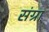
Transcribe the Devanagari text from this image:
संग्रा